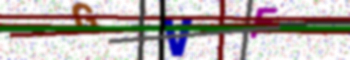
Text: GVF